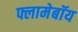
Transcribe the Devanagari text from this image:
फ्लामेबॉय